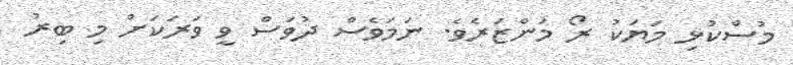
މުސްކުޅި މަޔަކު ރޯ މަންޒަރެވެ. ނަމަވެސް ދުވަސް ވީ ވަރަކަށް މި ބިރު